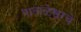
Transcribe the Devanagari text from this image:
पाताळेश्वरचे